Civil Veterinary Department. Madras. Admin. report 1926-33 - 1926-1933
Year: 1926
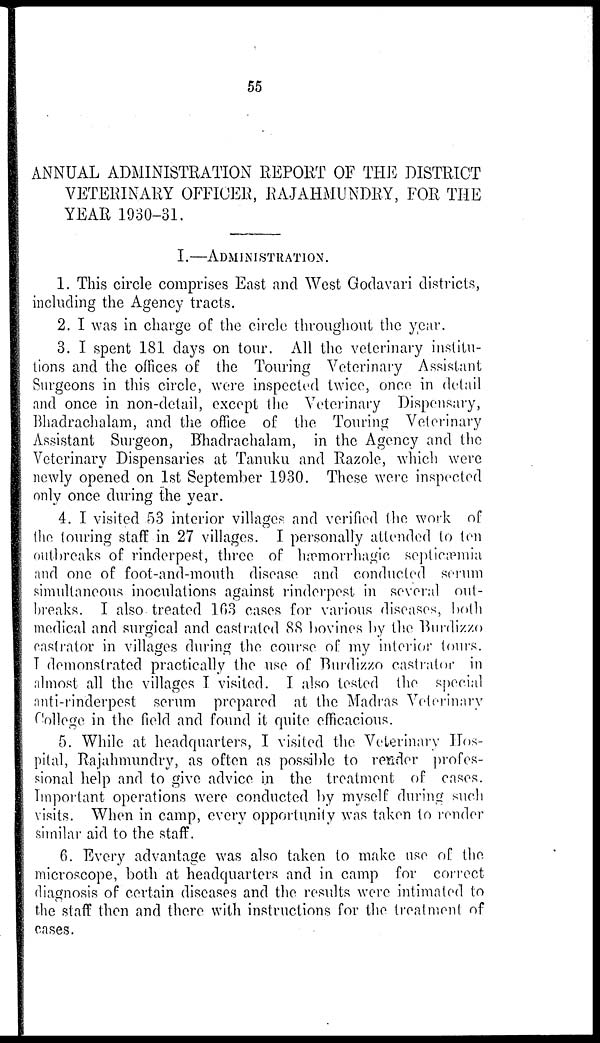
55
ANNUAL ADMINISTRATION REPORT OF THE DISTRICT
VETERINARY OFFICER, RAJAHMUNDRY, FOR THE
YEAR 1930-31.
I.—ADMINISTRATION.
1. This circle comprises East and West Godavari districts,
including the Agency tracts.
2. I was in charge of the circle throughout the year.
3. I spent 181 days on tour. All the veterinary institu-
tions and the offices of the Touring Veterinary Assistant
Surgeons in this circle, were inspected twice, once in detail
and once in non-detail, except the Veterinary Dispensary,
Bhadrachalam, and the office of the Touring Veterinary
Assistant Surgeon, Bhadrachalam, in the Agency and the
Veterinary Dispensaries at Tanuku and Razole, which were
newly opened on 1st September 1930. These were inspected
only once during the year.
4. I visited 53 interior villages and verified the work of
the touring staff in 27 villages. I personally attended to ten
outbreaks of rinderpest, three of hæmorrhagic septicæmia
and one of foot-and-mouth disease and conducted serum
simultaneous inoculations against rinderpest in several out-
breaks. I also treated 163 cases for various diseases, both
medical and surgical and castrated 88 bovines by the Burdizzo
castrator in villages during the course of my interior tours.
I demonstrated practically the use of Burdizzo castrator in
almost all the villages I visited. I also tested the special
anti-rinderpest serum prepared at the Madras Veterinary
College in the field and found it quite efficacious.
5. While at headquarters, I visited the Veterinary Hos-
pital, Rajahmundry, as often as possible to render profes-
sional help and to give advice in the treatment of cases.
Important operations were conducted by myself during such
visits. When in camp, every opportunity was taken to render
similar aid to the staff.
6. Every advantage was also taken to make use of the
microscope, both at headquarters and in camp for correct
diagnosis of certain diseases and the results were intimated to
the staff then and there with instructions for the treatment of
cases.